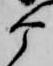
ケ